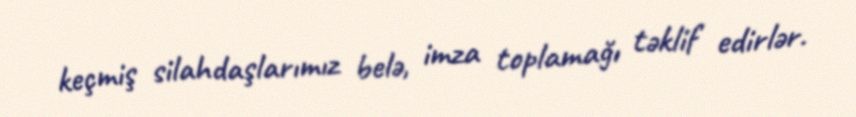
keçmiş silahdaşlarımız belə, imza toplamağı təklif edirlər.